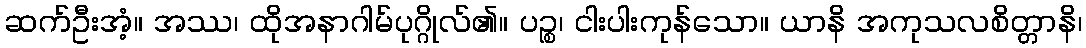
ဆက်ဦးအံ့။ အဿ၊ ထိုအနာဂါမ်ပုဂ္ဂိုလ်၏။ ပဉ္စ၊ ငါးပါးကုန်သော။ ယာနိ အကုသလစိတ္တာနိ၊